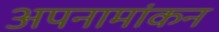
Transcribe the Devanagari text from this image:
अपनामांकन